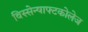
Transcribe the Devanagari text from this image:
विस्सेन्षाफ्टकोलेज